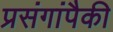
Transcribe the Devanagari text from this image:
प्रसंगांपैकी